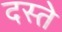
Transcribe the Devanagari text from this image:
दस्‍ते